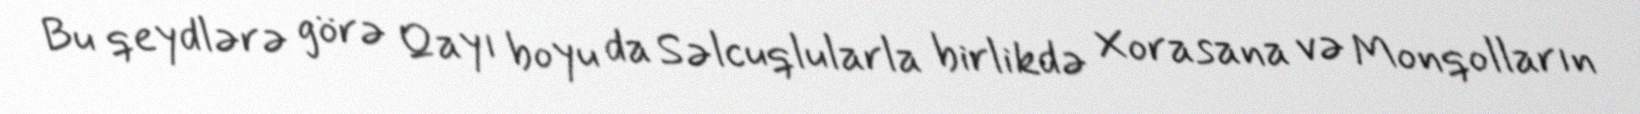
Bu qeydlərə görə Qayı boyu da Səlcuqlularla birlikdə Xorasana və Monqolların